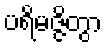
ပရိမဇ္ဇိတွာ